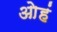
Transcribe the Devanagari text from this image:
ओहं